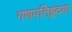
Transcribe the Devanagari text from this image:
गणपतिहृदया